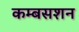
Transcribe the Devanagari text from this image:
कम्बसशन